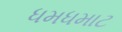
ધમધમાટ